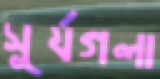
সূর্যগলা